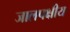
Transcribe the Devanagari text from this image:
जालपक्षीय